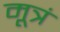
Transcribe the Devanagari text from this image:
मूत्रं